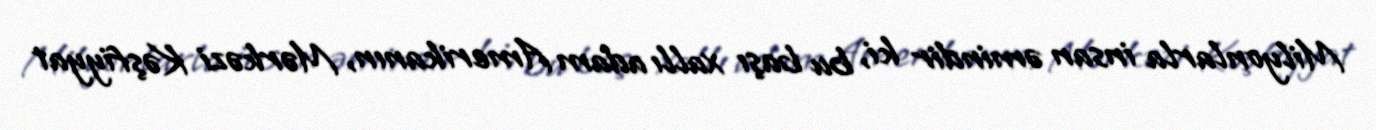
Milyonlarla insan əmindir ki, bu başı xallı adam Amerikanın, Mərkəzi Kəşfiyyat